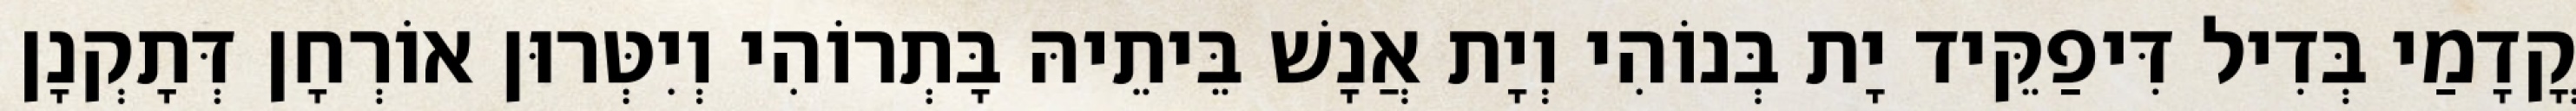
קֳדָמַי בְּדִיל דִּיפַקֵּיד יָת בְּנוֹהִי וְיָת אֲנָשׁ בֵּיתֵיהּ בָּתְרוֹהִי וְיִטְּרוּן אוֹרְחָן דְּתָקְנָן